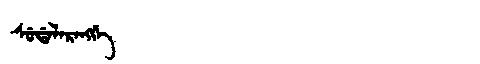
Manchu: ᠰᡠᡩᠠᠯᠠᡵᠠᠩᡤᡝ
Romanization: SUDALARANGGE